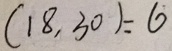
( 1 8 , 3 0 ) = 6